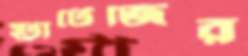
স্ট্রাটেজির